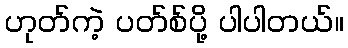
ဟုတ်ကဲ့ ပတ်စ်ပို့ ပါပါတယ်။